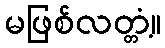
မဖြစ်လတ္တံ့။